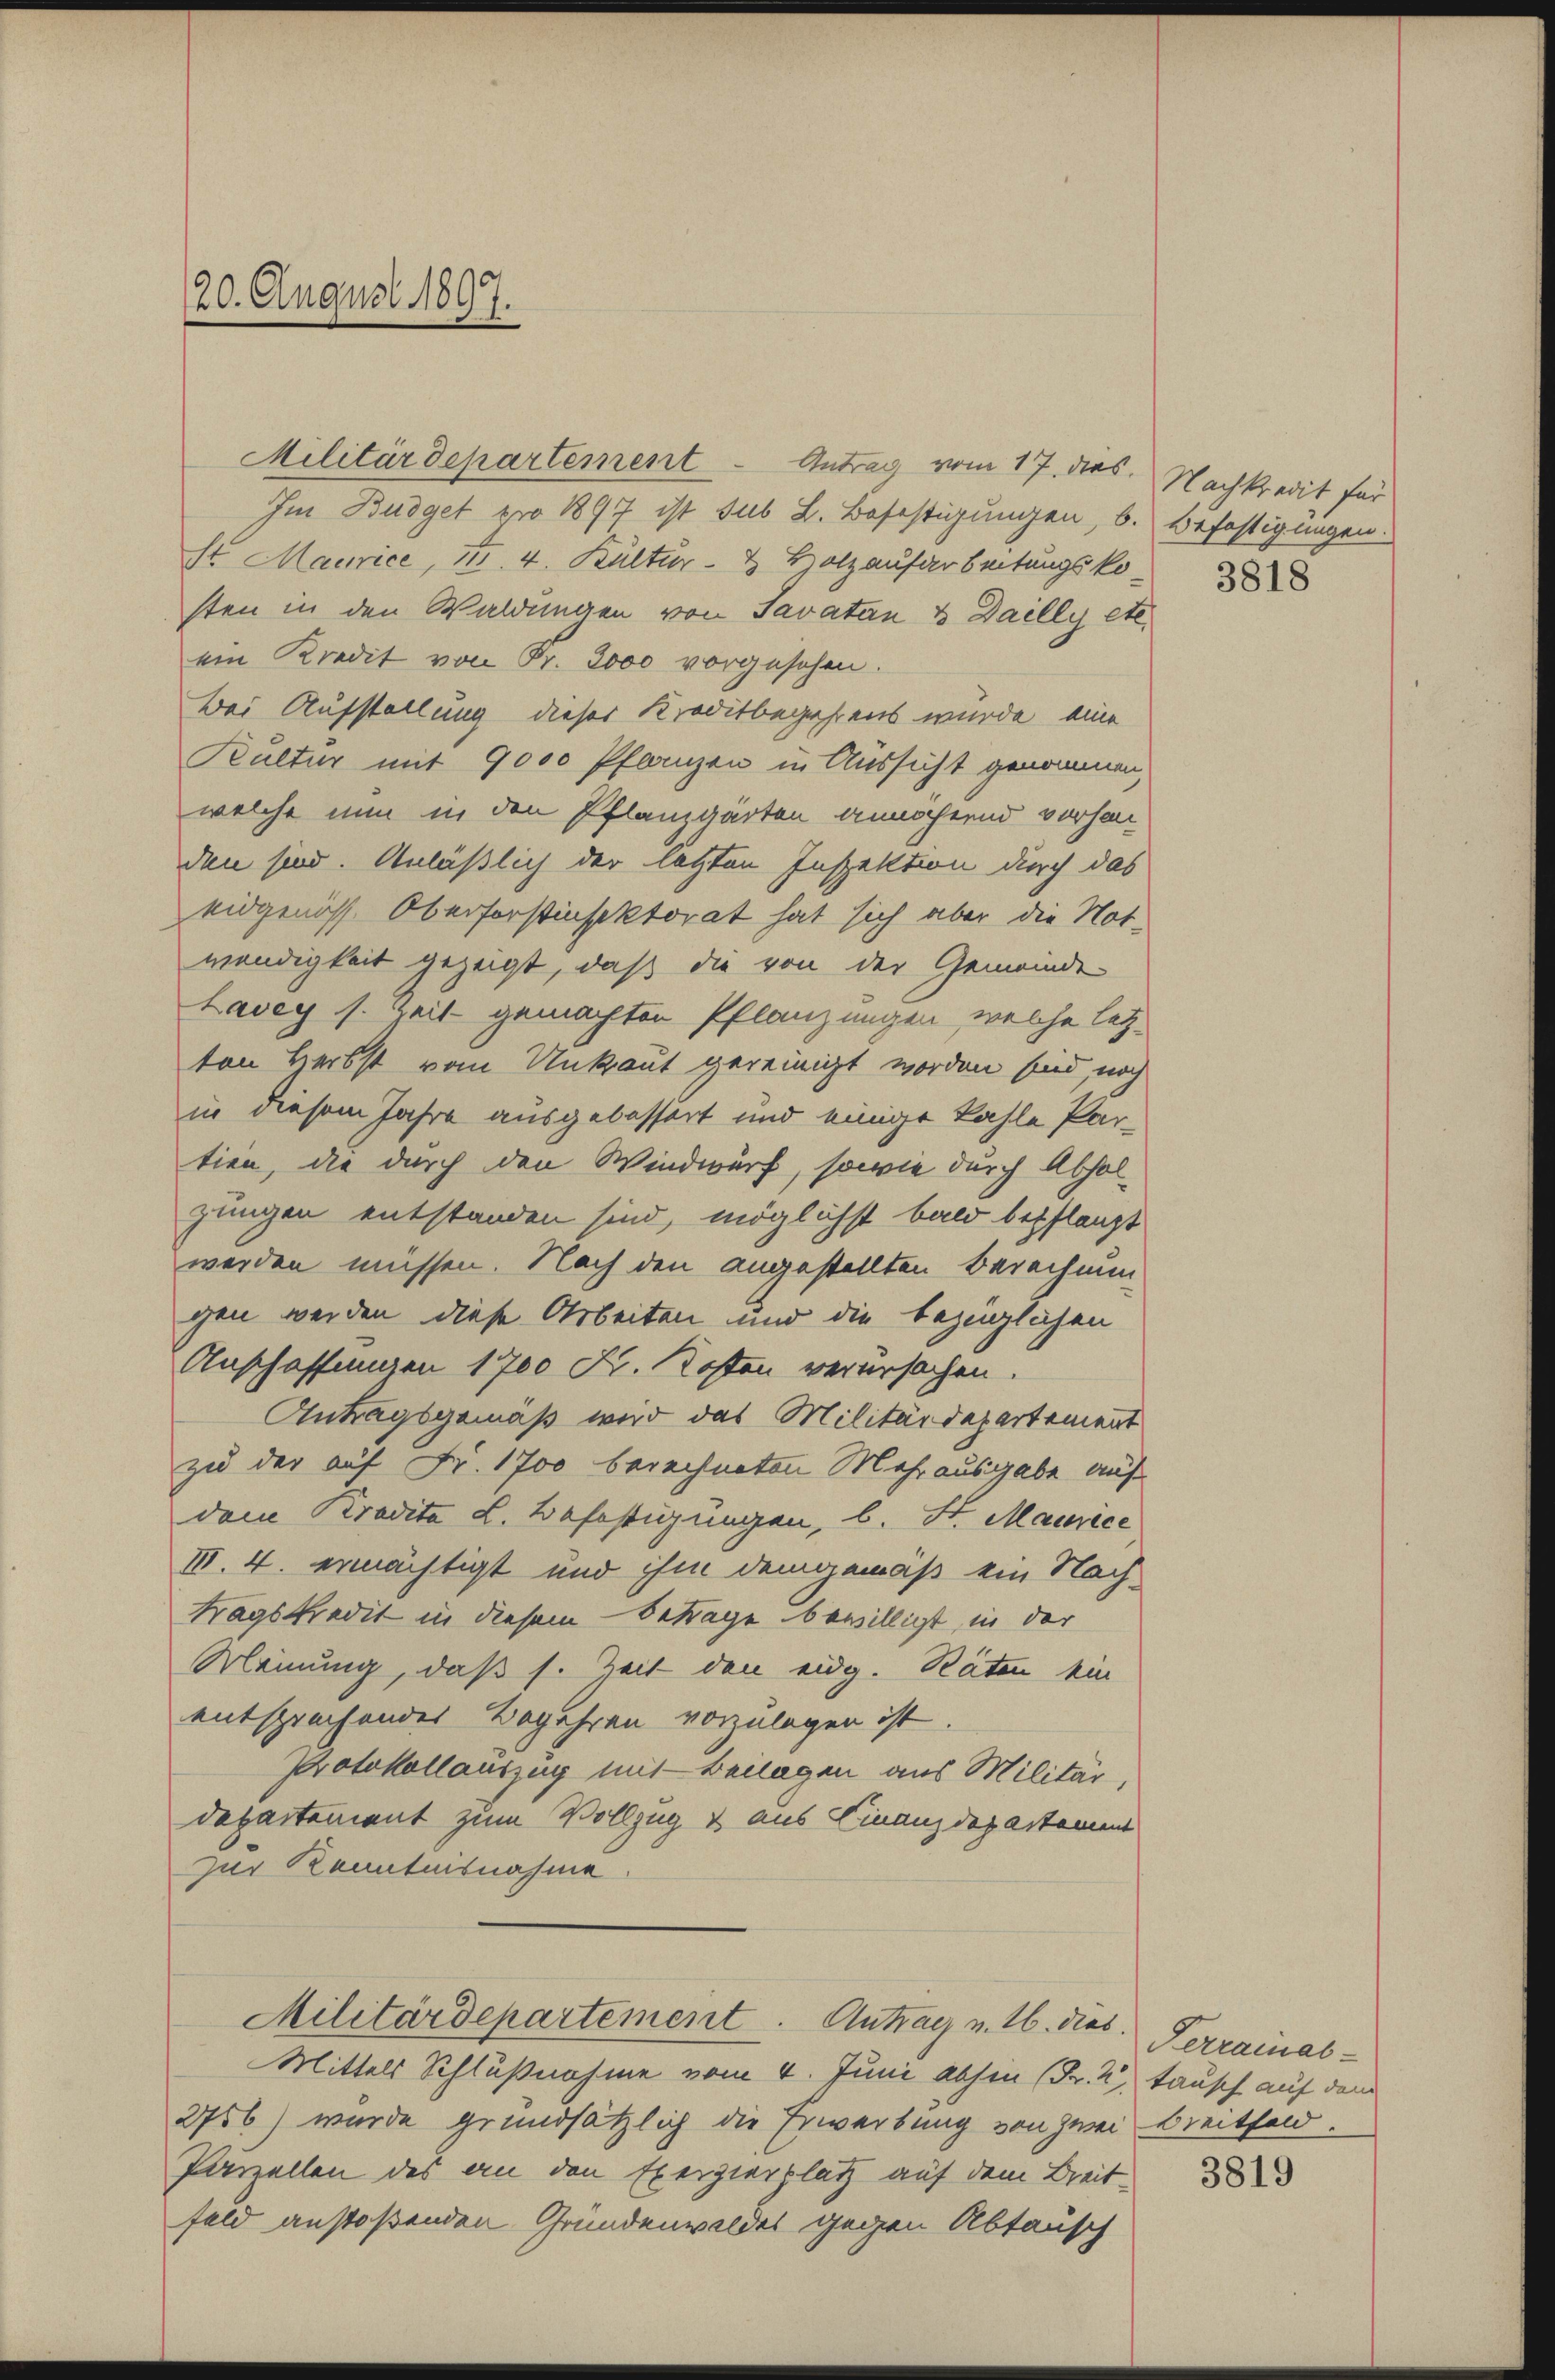
20. August 1897.

Im Budget pro 1897 ist sub L. Befestigungen, b. Befestigungen.
St Maurice, 111 4. Kultur- & Holzaufarbeitungsko
sten in den Waldungen von Savatan & Dailly etc.
ein Kredit von Fr. 3000 vorgesehen.
Bei Aufstellung dieser Kreditbegehrens wurde eine
Kultur mit 9000 Pflanzen in Aussicht genommen,
welche nun in den Pflanzgärten annähernd vorhan
den sind. Anläßlich der letzten Inspektion durch das
eidgenöss. Oberforstinsektorat hat sich aber die Not-
wendigkeit gezeigt, daß die von der Gemeinde
Lavey s. Zeit gemachten Pflanzungen, welche letzten Herbst vom Unkraut gereinigt worden sind, noch
in diesem Jahre ausgebessert und einige kahle Par-
tien, die durch den Windwurf, sowie durch Abholzungen entstanden sind, möglichst bald bepflanzt
werden müssen. Nach den angestellten Berechnungen werden diese Arbeiten und die bezüglichen
Anschaffungen 1700 K. Kosten verursachen.
Antragsgemäß wird das Militärdepartement
zu der auf Fr. 1700 berechneten Mehr ausgabe auf
dem Kredite L. Befestigungen, b. St. Maurice
I. 4. ermächtigt und ihm demgemäß ein Nach-
tragskredit in diesem Betrage bewilligt, in der
Meinung, daß s. Zeit den eidg. Räten ein
entsprechendes Begehren vorzulegen ist.
Protokollauszug mit Beilagen aus Militär,
Departement zum Vollzug & aus Finanzdepartement
zur Kenntnisnahme
Militärdepartement. Antrag u. 16. dies. Ferrainal-
Mittels Schlußnahme vom 4. Juni abhin (Fr. 2, tausch auf dem
2756) wurde grundsätzlich die Erwerbung von zwei Breitfeld.
Parzellen des an den Exerzierplatz auf dem Breitfeld anstoßenden Gründenwaldes gegen Abtausch

Militärdepartement - Antrag vom 17. dies. Nachkredit für

3818

3819